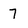
Character: 7